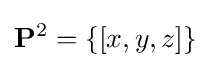
\mathbf {P} ^{2}=\{[x,y,z]\}